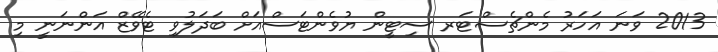
2013 ވަނަ އަހަރު މެންޗެސްޓަރ ސިޓީން ޔުވެންޓަސްއަށް ބަދަލުވި ޓެވޭޒް އަންނަނީ މި